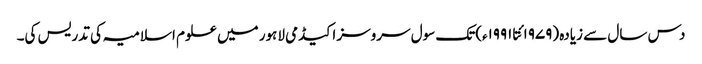
دس سال سے زیادہ (۱۹۷۹ئتا ۱۹۹۱ء)تک سول سروسز اکیڈمی لاہور میں علوم اسلامیہ کی تدریس کی۔